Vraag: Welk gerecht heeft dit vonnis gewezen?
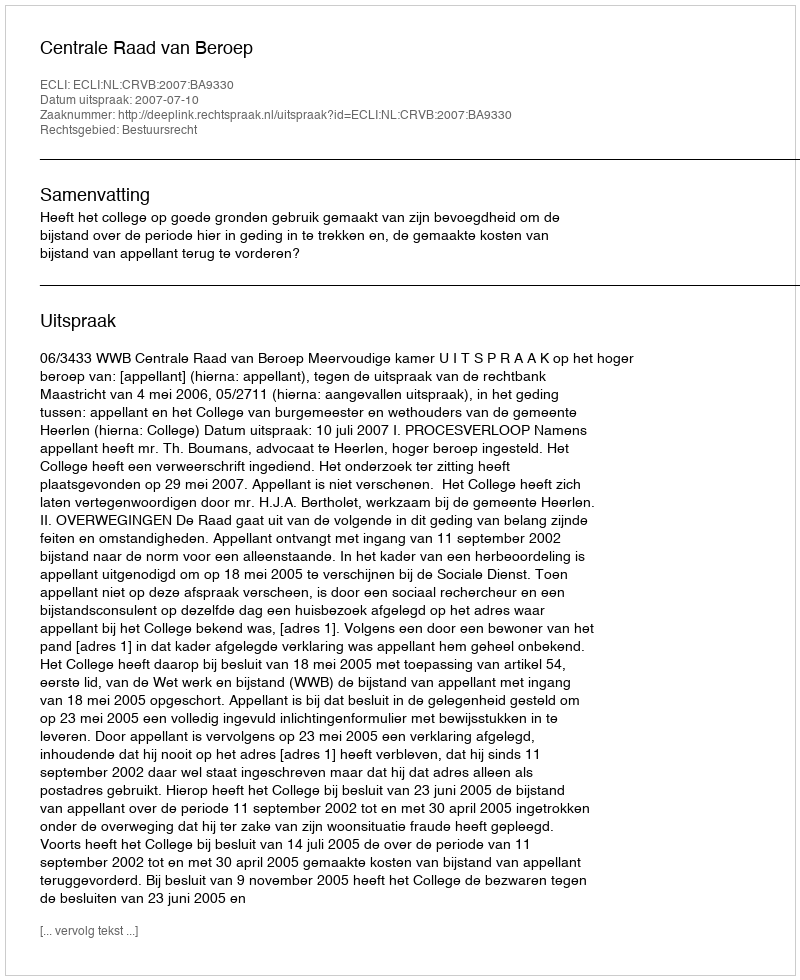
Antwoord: Centrale Raad van Beroep